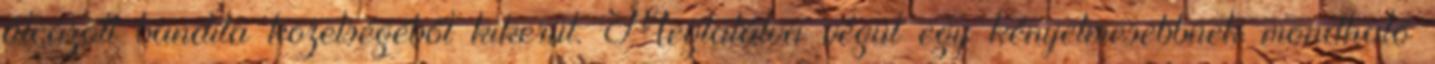
álcázott bandita közelségéből kikerül. Megtalálva végül egy kényelmesebbnek mondható